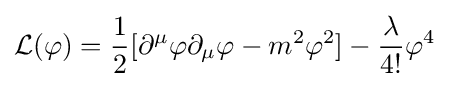
{\mathcal {L}}(\varphi )={\frac {1}{2}}[\partial ^{\mu }\varphi \partial _{\mu }\varphi -m^{2}\varphi ^{2}]-{\frac {\lambda }{4!}}\varphi ^{4}